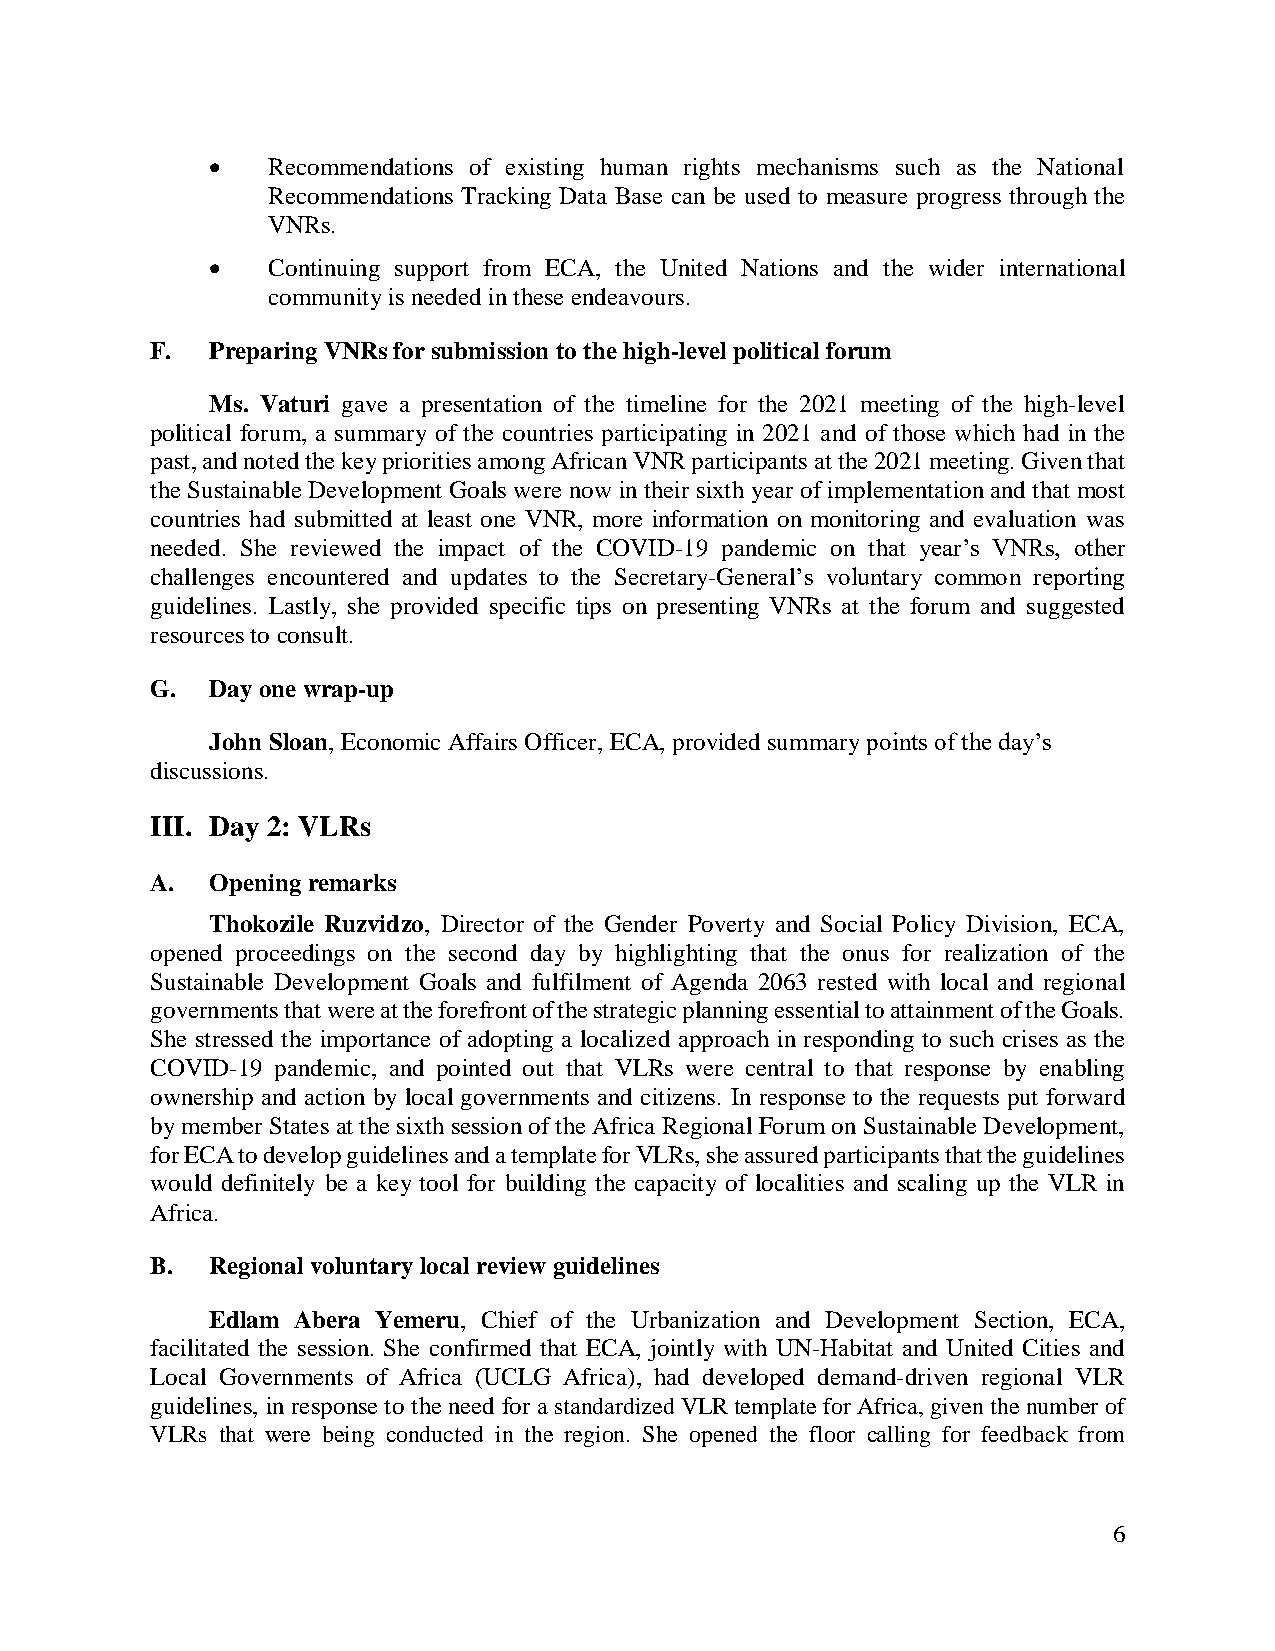
•   Recommendations of existing human rights mechanisms such as the National
 Recommendations Tracking Data Base can be used to measure progress through the
 VNRs.
 •   Continuing support from ECA, the United Nations and the wider international
 community is needed in these endeavours.
 F.  Preparing VNRs for submission to the high-level political forum
 Ms. Vaturi gave a presentation of the timeline for the 2021 meeting of the high-level
 political forum, a summary of the countries participating in 2021 and of those which had in the
 past, and noted the key priorities among African VNR participants at the 2021 meeting. Given that
 the Sustainable Development Goals were now in their sixth year of implementation and that most
 countries had submitted at least one VNR, more information on monitoring and evaluation was
 needed. She reviewed the impact of the COVID-19 pandemic on that year’s VNRs, other
 challenges encountered and updates to the Secretary-General’s voluntary common reporting
 guidelines. Lastly, she provided specific tips on presenting VNRs at the forum and suggested
 resources to consult.
 G.  Day one wrap-up
 John Sloan, Economic Affairs Officer, ECA, provided summary points of the day’s
 discussions.
 III. Day 2: VLRs
 A.  Opening remarks
 Thokozile Ruzvidzo, Director of the Gender Poverty and Social Policy Division, ECA,
 opened proceedings on the second day by highlighting that the onus for realization of the
 Sustainable Development Goals and fulfilment of Agenda 2063 rested with local and regional
 governments that were at the forefront of the strategic planning essential to attainment of the Goals.
 She stressed the importance of adopting a localized approach in responding to such crises as the
 COVID-19 pandemic, and pointed out that VLRs were central to that response by enabling
 ownership and action by local governments and citizens. In response to the requests put forward
 by member States at the sixth session of the Africa Regional Forum on Sustainable Development,
 for ECA to develop guidelines and a template for VLRs, she assured participants that the guidelines
 would definitely be a key tool for building the capacity of localities and scaling up the VLR in
 Africa.
 B.  Regional voluntary local review guidelines
 Edlam Abera Yemeru, Chief of the Urbanization and Development Section, ECA,
 facilitated the session. She confirmed that ECA, jointly with UN-Habitat and United Cities and
 Local Governments of Africa (UCLG Africa), had developed demand-driven regional VLR
 guidelines, in response to the need for a standardized VLR template for Africa, given the number of
 VLRs that were being conducted in the region. She opened the floor calling for feedback from
 6